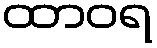
ထာဝရ